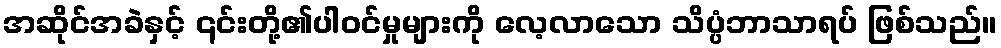
အဆိုင်အခဲနှင့် ၎င်းတို့၏ပါဝင်မှုများကို လေ့လာသော သိပ္ပံဘာသာရပ် ဖြစ်သည်။